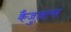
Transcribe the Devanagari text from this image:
कैजुअल्स